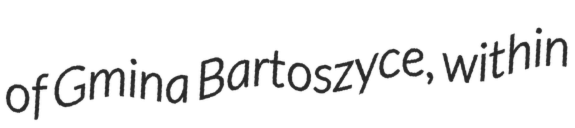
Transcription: of Gmina Bartoszyce, within